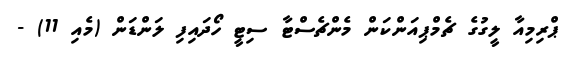
ޕްރިމިއާ ލީގުގެ ޗެމްޕިއަންކަން މެންޗެސްޓާ ސިޓީ ހޯދައިފި ލަންޑަން (މެއި 11) -